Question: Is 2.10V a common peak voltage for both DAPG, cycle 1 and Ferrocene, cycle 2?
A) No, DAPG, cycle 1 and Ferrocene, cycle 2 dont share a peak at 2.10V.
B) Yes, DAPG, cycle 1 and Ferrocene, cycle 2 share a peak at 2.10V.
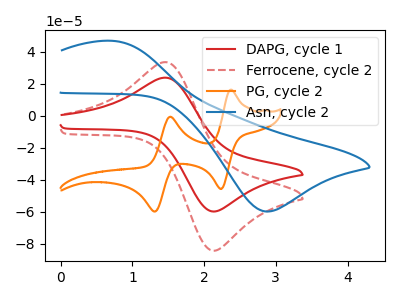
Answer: <think>The red curve "DAPG, cycle 1" has an anodic peak at (1.45V, 23.70uA) and a cathodic peak at (2.10V, -59.65uA). The red dashed curve "Ferrocene, cycle 2" has an anodic peak at (1.45V, 33.40uA) and a cathodic peak at (2.10V, -84.00uA). The orange curve "PG, cycle 2" has anodic peaks at (2.35V, 16.20uA) (1.55V, -0.65uA) and cathodic peaks at (2.25V, -45.75uA) (1.30V, -59.85uA). The blue curve "Asn, cycle 2" has an anodic peak at (0.75V, 46.65uA) and a cathodic peak at (2.90V, -59.80uA).</think>
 <answer>B) Yes, "DAPG, cycle 1" and "Ferrocene, cycle 2" share a peak at 2.10V.</answer>
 <eval>B</eval>